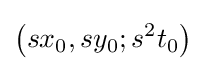
\left(sx_{0},sy_{0};s^{2}t_{0}\right)